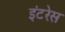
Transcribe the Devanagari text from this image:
इंटरेस